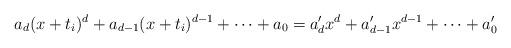
LaTeX: \begin{align*} a_d(x+t_i)^d + a_{d-1}(x+t_i)^{d-1}+\cdots+a_0 = a_d'x^d+a_{d-1}'x^{d-1}+\cdots+a_0' \end{align*}